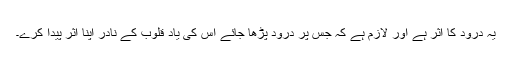
یہ درود کا اثر ہے اور لازم ہے کہ جس پر درود پڑھا جائے اس کی یاد قلوب کے نادر اپنا اثر پیدا کرے۔